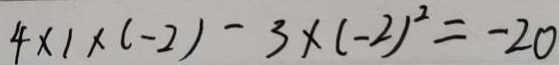
4 \times 1 \times ( - 2 ) - 3 \times ( - 2 ) ^ { 2 } = - 2 0